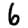
Digit: 6